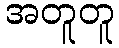
အတူတူ